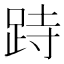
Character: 跱